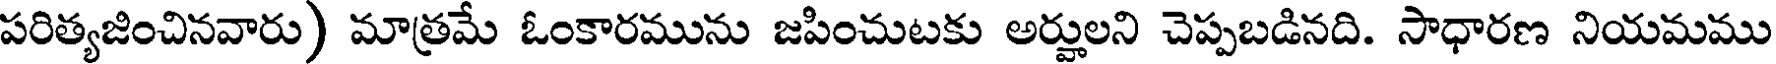
పరిత్యజించినవారు) మాత్రమే ఓంకారమును జపించుటకు అర్హులని చెప్పబడినది. సాధారణ నియమము